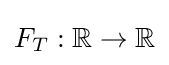
F_{T}:\mathbb {R} \rightarrow \mathbb {R}